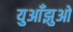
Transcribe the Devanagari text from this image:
युआँझुओ